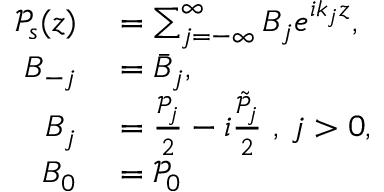
\begin{array} { r l } { \mathcal { P } _ { s } ( z ) } & { { } = \sum _ { j = - \infty } ^ { \infty } B _ { j } e ^ { i k _ { j } z } , } \\ { B _ { - j } } & { { } = \bar { B } _ { j } , } \\ { B _ { j } } & { { } = \frac { \mathcal { P } _ { j } } { 2 } - i \frac { \tilde { \mathcal { P } } _ { j } } { 2 } \mathrm { ~ , ~ } j > 0 , } \\ { B _ { 0 } } & { { } = \mathcal { P } _ { 0 } } \end{array}